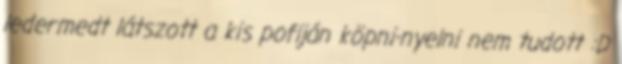
ledermedt látszott a kis pofiján köpni-nyelni nem tudott :D